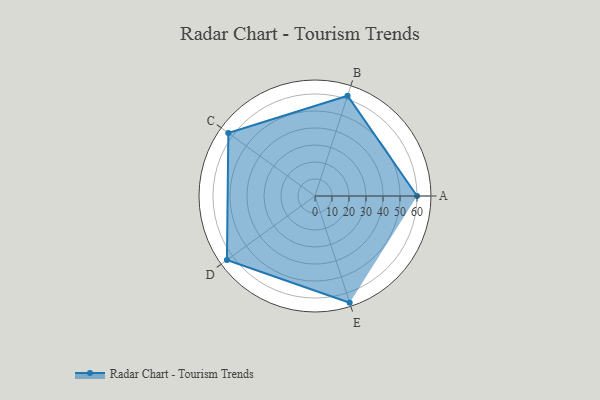
{"axis": {"x": "Skill", "y": "Score"}, "legend": ["Profile"], "data": [{"x": "A", "y": 60.0, "type": "Profile"}, {"x": "B", "y": 62.0, "type": "Profile"}, {"x": "C", "y": 63.0, "type": "Profile"}, {"x": "D", "y": 64.0, "type": "Profile"}, {"x": "E", "y": 66.0, "type": "Profile"}]}